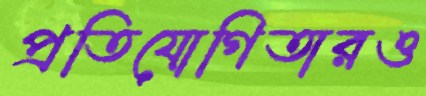
প্রতিযোগিতারও